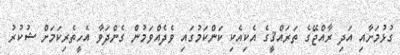
ގުޅުމަށާއި އަދި ރާއްޖޭގެ ތަރައްޤީގެ އެކިއެކި ކަންކަމުގައި ވެދެއްވަމުން ގެންދަވާ އެހީތެރިކަމަށް ޝުކުރު